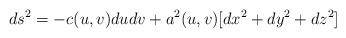
LaTeX: \begin{align*}ds^2=-c(u,v)dudv+a^2(u,v)[dx^2+dy^2+dz^2]\end{align*}